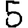
Digit: 5